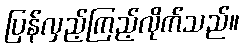
ပြန်လှည့်ကြည့်လိုက်သည်။